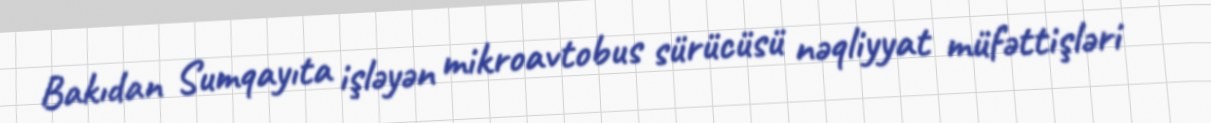
Bakıdan Sumqayıta işləyən mikroavtobus sürücüsü nəqliyyat müfəttişləri